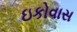
ઇકોવાસ